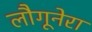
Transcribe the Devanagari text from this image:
लौगूनेरा